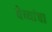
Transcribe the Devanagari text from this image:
वेच्यांचा